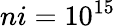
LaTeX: ni=10^{15}